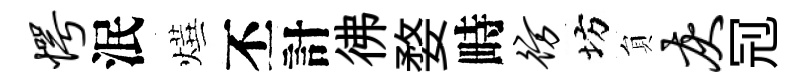
愕泯燁丕計彿婺畤彷坊貟灰𠜍